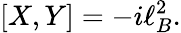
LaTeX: \lbrack X,Y]=-i\ell_{B}^{2}.